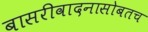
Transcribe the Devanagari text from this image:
बासरीवादनासोबतच